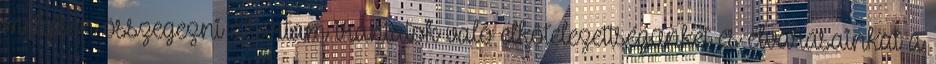
melyben összegezni akartam irántatok való elkötelezettségünket és elvárásainkat a